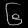
Digit: ၆